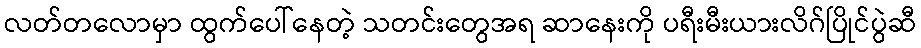
လတ်တလောမှာ ထွက်ပေါ်နေတဲ့ သတင်းတွေအရ ဆာနေးကို ပရီးမီးယားလိဂ်ပြိုင်ပွဲဆီ